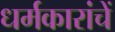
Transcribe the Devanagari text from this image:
धर्मकारांचें